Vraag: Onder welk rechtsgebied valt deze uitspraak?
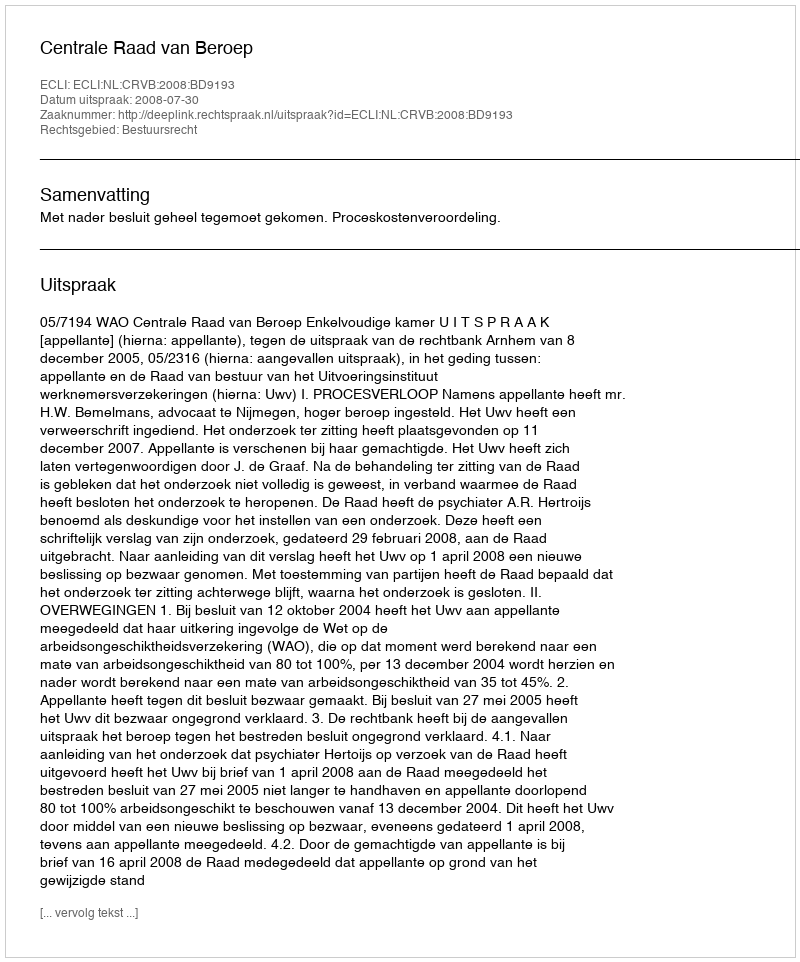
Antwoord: Bestuursrecht